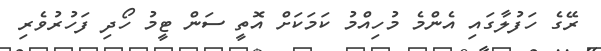
ރޭގެ ހަފުލާގައި އެންމެ މުހިއްމު ކަމަކަށް އޮތީ ސަން ޓީމު ހޯދި ފަހުރުވެރި